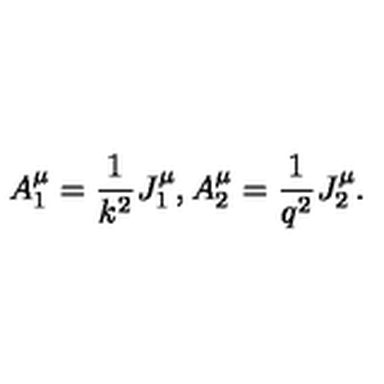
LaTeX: A _ { 1 } ^ { \mu } = \frac 1 { k ^ { 2 } } J _ { 1 } ^ { \mu } , A _ { 2 } ^ { \mu } = \frac 1 { q ^ { 2 } } J _ { 2 } ^ { \mu } .